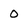
Character: o